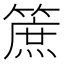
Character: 䉀